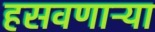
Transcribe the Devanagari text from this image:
हसवणाऱ्या